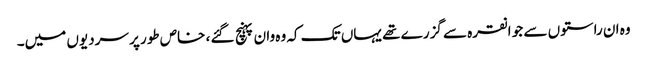
وہ ان راستوں سے جو انقرہ سے گزرے تھے یہاں تک کہ وہ وان پہنچ گئے ، خاص طور پر سردیوں میں۔